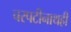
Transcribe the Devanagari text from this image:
चरपटीनाथही